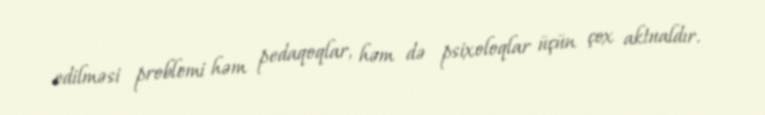
edilməsi problemi həm pedaqoqlar, həm də psixoloqlar üçün çox aktualdır.